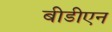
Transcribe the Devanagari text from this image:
बीडीएन